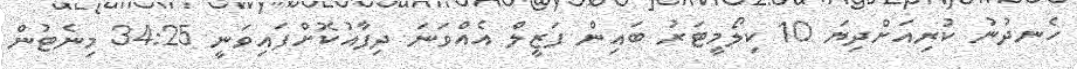
ހެނދުނު ކުރިއަށްދިޔަ 10 ކިލޯމީޓަރު ބައިން ފަޒީލް އެއްވަނަ ދިފާއުކޮށްފައިވަނީ 34:25 މިނެޓުން